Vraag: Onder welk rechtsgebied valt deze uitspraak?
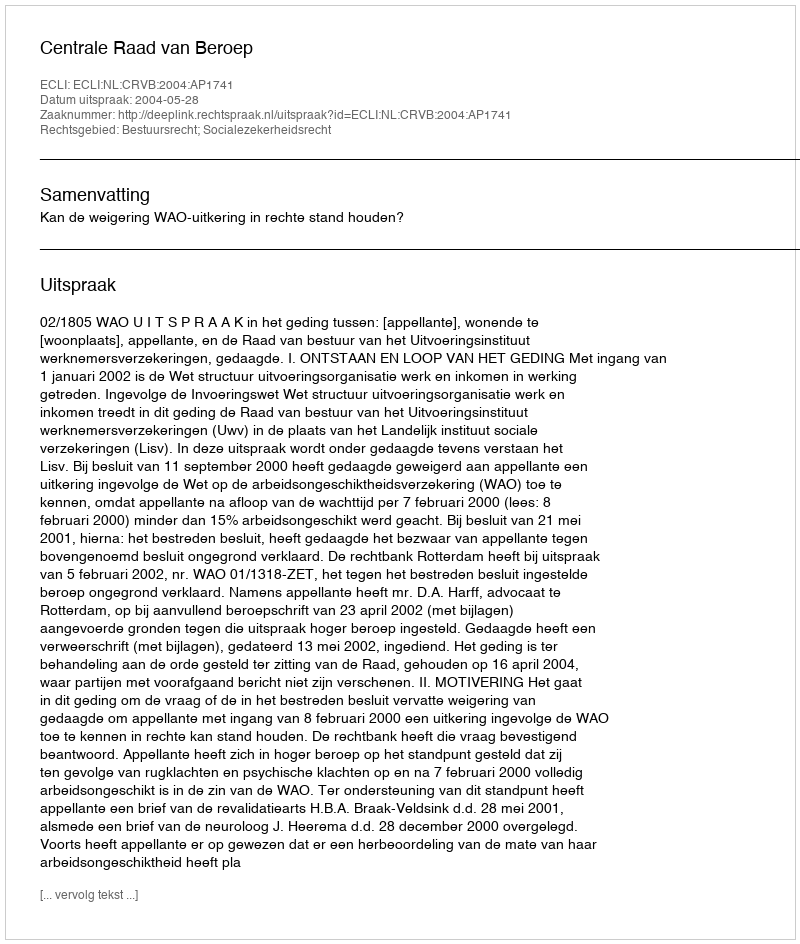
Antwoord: Bestuursrecht; Socialezekerheidsrecht